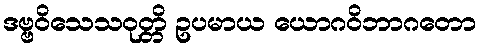
ဒဗ္ဗဝိသေသဝုတ္တိ ဥပမာယ ယောဂဝိဘာဂတော